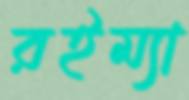
রইম্যা